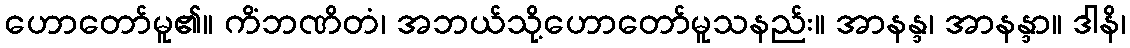
ဟောတော်မူ၏။ ကိံဘဏိတံ၊ အဘယ်သို့ဟောတော်မူသနည်း။ အာနန္ဒ၊ အာနန္ဒာ။ ဒါနိ၊